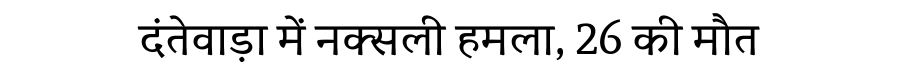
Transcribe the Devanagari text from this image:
दंतेवाड़ा में नक्सली हमला, 26 की मौत